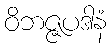
ဝိဘဇ္ဇပဒါနံ